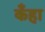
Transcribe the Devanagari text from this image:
कँहा